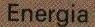
Energia